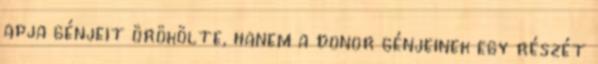
apja génjeit örökölte, hanem a donor génjeinek egy részét